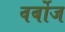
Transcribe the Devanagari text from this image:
वर्बोज